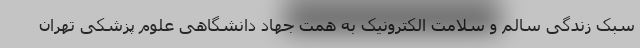
سبک زندگی سالم و سلامت الکترونیک به همت جهاد دانشگاهی علوم پزشکی تهران